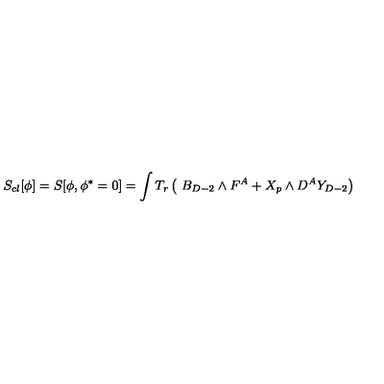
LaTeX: S _ { c l } [ \phi ] = S [ \phi , \phi ^ { * } = 0 ] = \int T _ { r } \left( \ B _ { D - 2 } \wedge F ^ { A } + X _ { p } \wedge D ^ { A } Y _ { D - 2 } \right)